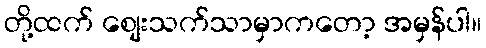
တို့ထက် စျေးသက်သာမှာကတော့ အမှန်ပါ။